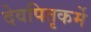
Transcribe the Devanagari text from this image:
देवपितृकर्मे